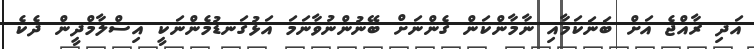
އަދި ރާއްޖެ އަށް ބަނަކަމާއި ނާމާންކަން ގެންނަށް ބޭނުންނުވާނަމަ އަޅުގަނޑުމެންނަކީ އިސްލާމްދީން ދެކެ